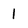
Character: 1